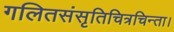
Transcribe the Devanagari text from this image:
गलितसंसृतिचित्रचिन्ता।